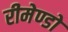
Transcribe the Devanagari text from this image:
रीमेण्डो